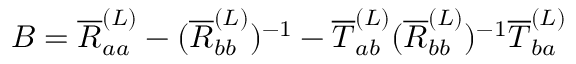
B = \overline { { R } } _ { a a } ^ { ( L ) } - ( \overline { { R } } _ { b b } ^ { ( L ) } ) ^ { - 1 } - \overline { { T } } _ { a b } ^ { ( L ) } ( \overline { { R } } _ { b b } ^ { ( L ) } ) ^ { - 1 } \overline { { T } } _ { b a } ^ { ( L ) }